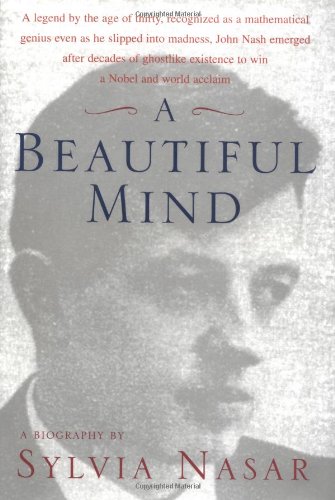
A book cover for A Beautiful Mind : A Biography of John Forbes Nash, Jr.; Sylvia Nasar; Science & Math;